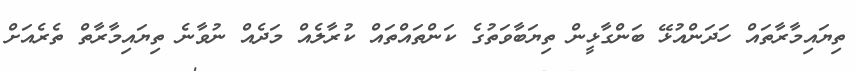
ތިޔައިމާރާތައް ހަދަންއުޅޭ ބަންގާޅީން ތިޔަބާވަތުގެ ކަންތައްތައް ކުރާލެއް މަދެއް ނުވާނެ ތިޔައިމާރާތް ތެރެއަށް